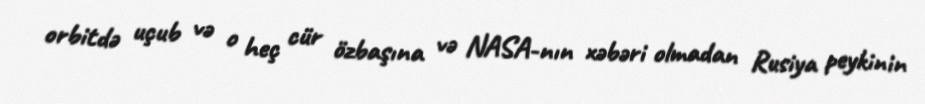
orbitdə uçub və o heç cür özbaşına və NASA-nın xəbəri olmadan Rusiya peykinin